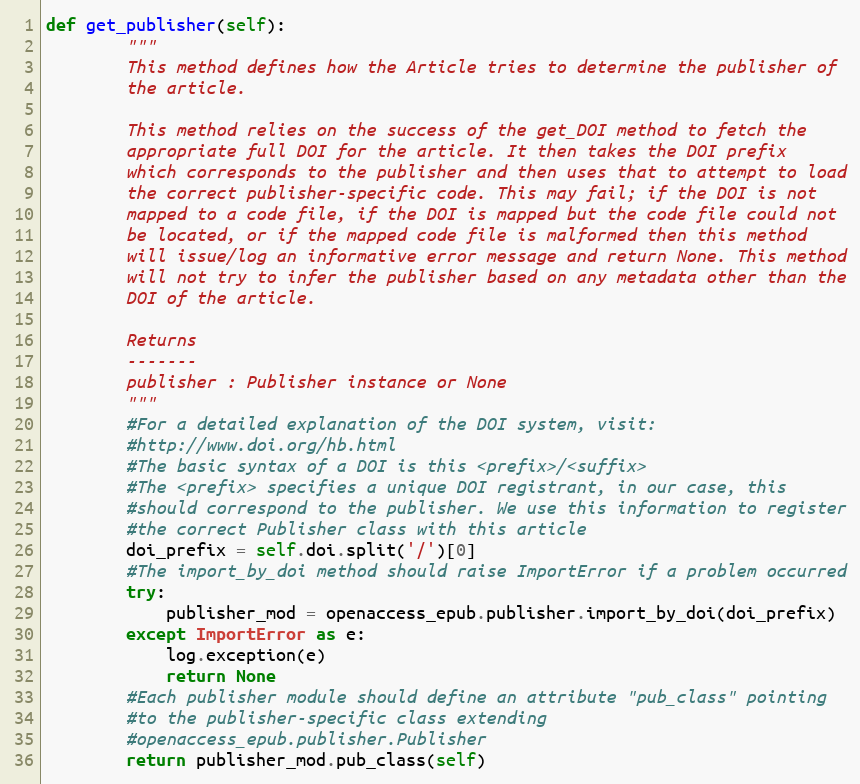
Language: Python
def get_publisher(self):
        """
        This method defines how the Article tries to determine the publisher of
        the article.

        This method relies on the success of the get_DOI method to fetch the
        appropriate full DOI for the article. It then takes the DOI prefix
        which corresponds to the publisher and then uses that to attempt to load
        the correct publisher-specific code. This may fail; if the DOI is not
        mapped to a code file, if the DOI is mapped but the code file could not
        be located, or if the mapped code file is malformed then this method
        will issue/log an informative error message and return None. This method
        will not try to infer the publisher based on any metadata other than the
        DOI of the article.

        Returns
        -------
        publisher : Publisher instance or None
        """
        #For a detailed explanation of the DOI system, visit:
        #http://www.doi.org/hb.html
        #The basic syntax of a DOI is this <prefix>/<suffix>
        #The <prefix> specifies a unique DOI registrant, in our case, this
        #should correspond to the publisher. We use this information to register
        #the correct Publisher class with this article
        doi_prefix = self.doi.split('/')[0]
        #The import_by_doi method should raise ImportError if a problem occurred
        try:
            publisher_mod = openaccess_epub.publisher.import_by_doi(doi_prefix)
        except ImportError as e:
            log.exception(e)
            return None
        #Each publisher module should define an attribute "pub_class" pointing
        #to the publisher-specific class extending
        #openaccess_epub.publisher.Publisher
        return publisher_mod.pub_class(self)